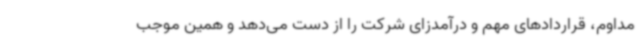
مداوم، قراردادهای مهم و درآمدزای شرکت را از دست می‌دهد و همین موجب